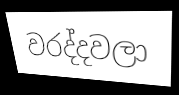
වරද්දවලා